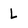
Character: L